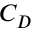
C _ { D }